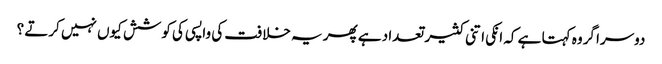
دوسرا گروہ کہتا ہے کہ انکی اتنی کثیر تعداد ہے پھر یہ خلافت کی واپسی کی کوشش کیوں نہیں کرتے ؟